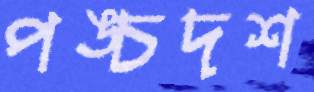
পঙ্চদশ